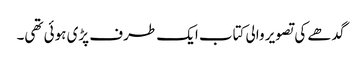
گدھے کی تصویر والی کتاب ایک طرف پڑی ہوئی تھی۔